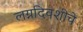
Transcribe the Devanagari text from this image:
लग्नदिवशीचे